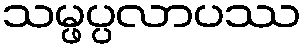
သမ္ဖပ္ပလာပဿ